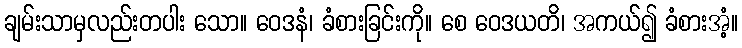
ချမ်းသာမှလည်းတပါး သော။ ဝေဒနံ၊ ခံစားခြင်းကို။ စေ ဝေဒယတိ၊ အကယ်၍ ခံစားအံ့။